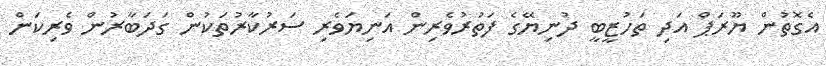
އެގޮތުން ޔޫރަޕް އަދި ތަހުޒީބީ ދުނިޔޭގެ ފަތުރުވެރިން އަނިޔަވެރި ސަރުކާރުތަކުން ގަދަބާރުން ވެރިކަން